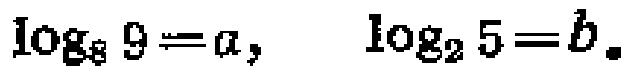
\(\log_{8} 9 = a, \log_{2} 5 = b\)